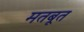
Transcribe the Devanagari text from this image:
मतबूत